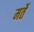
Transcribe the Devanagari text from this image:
मर्ते